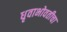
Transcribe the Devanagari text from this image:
धृवाभोवतीचा